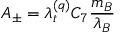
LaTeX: A _ { \pm } = \lambda _ { t } ^ { ( q ) } C _ { 7 } \frac { m _ { B } } { \lambda _ { B } }